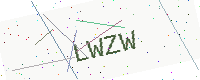
Text: LWZW